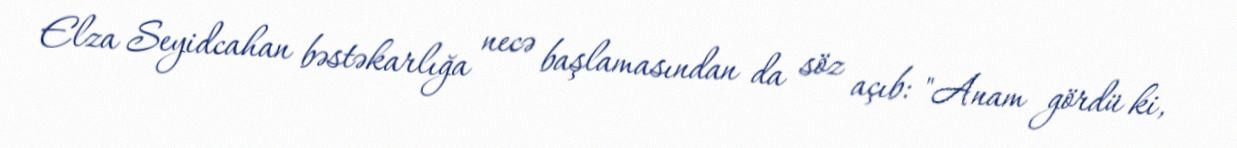
Elza Seyidcahan bəstəkarlığa necə başlamasından da söz açıb: "Anam gördü ki,